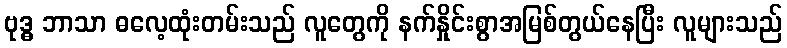
ဗုဒ္ဓ ဘာသာ ဓလေ့ထုံးတမ်းသည် လူတွေကို နက်နှိုင်းစွာအမြစ်တွယ်နေပြီး လူများသည်